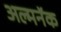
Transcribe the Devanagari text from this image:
अल्मनॅक